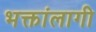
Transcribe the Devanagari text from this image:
भक्तांलागी